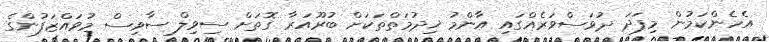
އެހެންކަމުން މިފަދަ ދުވަސްވަރެއްގައި އާންމު ޚިދުމަތްތަކަށް ބުރޫއަރާ ގޮތަށް ސިވިލް ސާވިސް މުވައްޒަފުންގެ